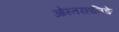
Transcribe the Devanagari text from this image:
ओस्तरहानिङे